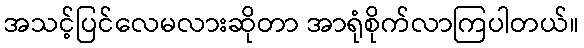
အသင့်ပြင်လေမလားဆိုတာ အာရုံစိုက်လာကြပါတယ်။